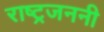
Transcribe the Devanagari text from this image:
राष्ट्रजननी